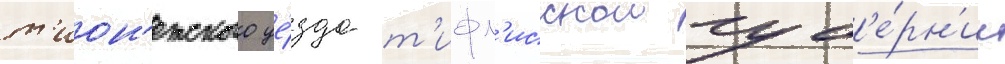
т'ион'етского уе́зда т'ифл'исскои губ'е́рн'ии